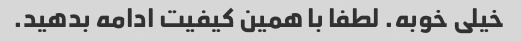
خیلی خوبه. لطفا با همین کیفیت ادامه بدهید.